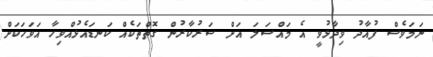
ނަމަވެސް ފުއާދު ވިދާޅުވީ އެ މައްސަލަ އަށް ސަރުކާރުން ގޮތްތަކެއް ކަނޑައެޅުއްވިހާ އަވަހަކަށް